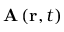
\mathbf { A } \left( \mathbf { r } , t \right)